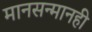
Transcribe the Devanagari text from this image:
मानसन्मानही